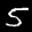
Label: 5